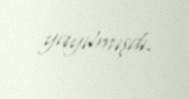
yayılmışdı.